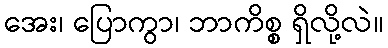
အေး၊ ပြောကွာ၊ ဘာကိစ္စ ရှိလို့လဲ။